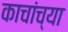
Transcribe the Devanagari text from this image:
काचांच्या